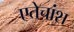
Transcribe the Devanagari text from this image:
एतेचांश